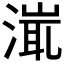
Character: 𣹵